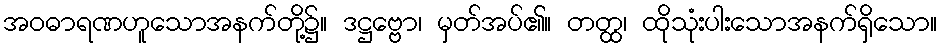
အဝဓာရဏဟူသောအနက်တို့၌။ ဒဋ္ဌဗ္ဗော၊ မှတ်အပ်၏။ တတ္ထ၊ ထိုသုံးပါးသောအနက်ရှိသော။